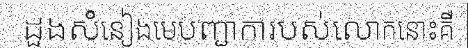
ដួងសំនៀងមេបញ្ជាការបស់លោកនោះគឺ